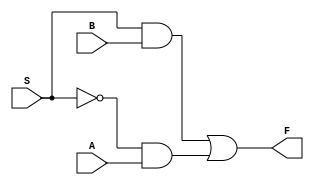
// 2x1 Mux
module Mux_2x1 (
    input A, B, S,
    output F
);
    assign F = (S & B) | (~S & A);
endmodule

// 16x1 Mux
module Mux_16x1 (
    input A, B, C, D, E, I, G, H, A1, B1, C1, D1, E1, I1, G1, H1, //Input = 0111010011101111
    input [3:0] Select, //Select = (11) = 1011
    output F
);
    wire [1:0] W1, W2, W3, W4, W5, W6, W7, W8, W09, W10, W11, W12, W13, W14;
    wire [3:0] S1, S2, S3, S4;
    
    assign S1 = Select[1:0];
    assign S2 = Select[2:1];
    assign S3 = Select[3:2];
    assign S4 = Select[4:3];
    
    // 16x8 Lines
    Mux_2x1 m1(A, B, S1[0], W1[0]);
    Mux_2x1 m2(C, D, S1[0], W2[0]);
    Mux_2x1 m3(E, I, S1[0], W3[0]);
    Mux_2x1 m4(G, H, S1[0], W4[0]);
    Mux_2x1 m5(A1, B1, S1[1], W5[0]);
    Mux_2x1 m6(C1, D1, S1[1], W6[0]);
    Mux_2x1 m7(E1, I1, S1[1], W7[0]);
    Mux_2x1 m8(G1, H1, S1[1], W8[0]);
    
    // 8x4 Lines
    Mux_2x1 m09(W1[0], W2[0], S2[0], W09[0]);
    Mux_2x1 m10(W3[0], W4[0], S2[0], W10[0]);
    Mux_2x1 m11(W5[0], W6[0], S2[1], W11[0]);
    Mux_2x1 m12(W7[0], W8[0], S2[1], W12[0]);
    
    // 4x2 Lines
    Mux_2x1 m13(W09[0], W10[0], S3[0], W13[0]);
    Mux_2x1 m14(W11[0], W12[0], S3[1], W14[0]);
    
    // 2x1 Lines
    Mux_2x1 m15(W13[0], W14[0], S4[0], F);
    
endmodule